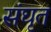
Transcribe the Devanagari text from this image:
संघृत